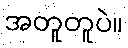
အတူတူပဲ။